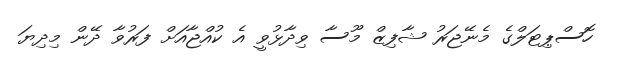
ހޮސްޕިޓަލްގެ މެނޭޖަރު ޝާފިޒް މޫސާ ވިދާޅުވީ އެ ކުއްޖާއަށް ފަރުވާ ދޭން މިދިޔަ